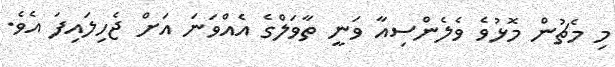
މި މެޗުން މޮޅުވެ ވެލެންސިއާ ވަނީ ތާވަލްގެ އެއްވަނަ އަށް ޖެހިލައިފަ އެވެ.